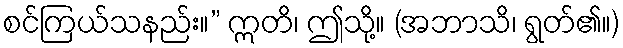
စင်ကြယ်သနည်း။” ဣတိ၊ ဤသို့။ (အဘာသိ၊ ရွတ်၏။)